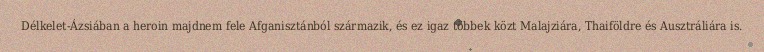
Délkelet-Ázsiában a heroin majdnem fele Afganisztánból származik, és ez igaz többek közt Malajziára, Thaiföldre és Ausztráliára is.